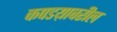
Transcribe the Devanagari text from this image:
कपडय़ावरील